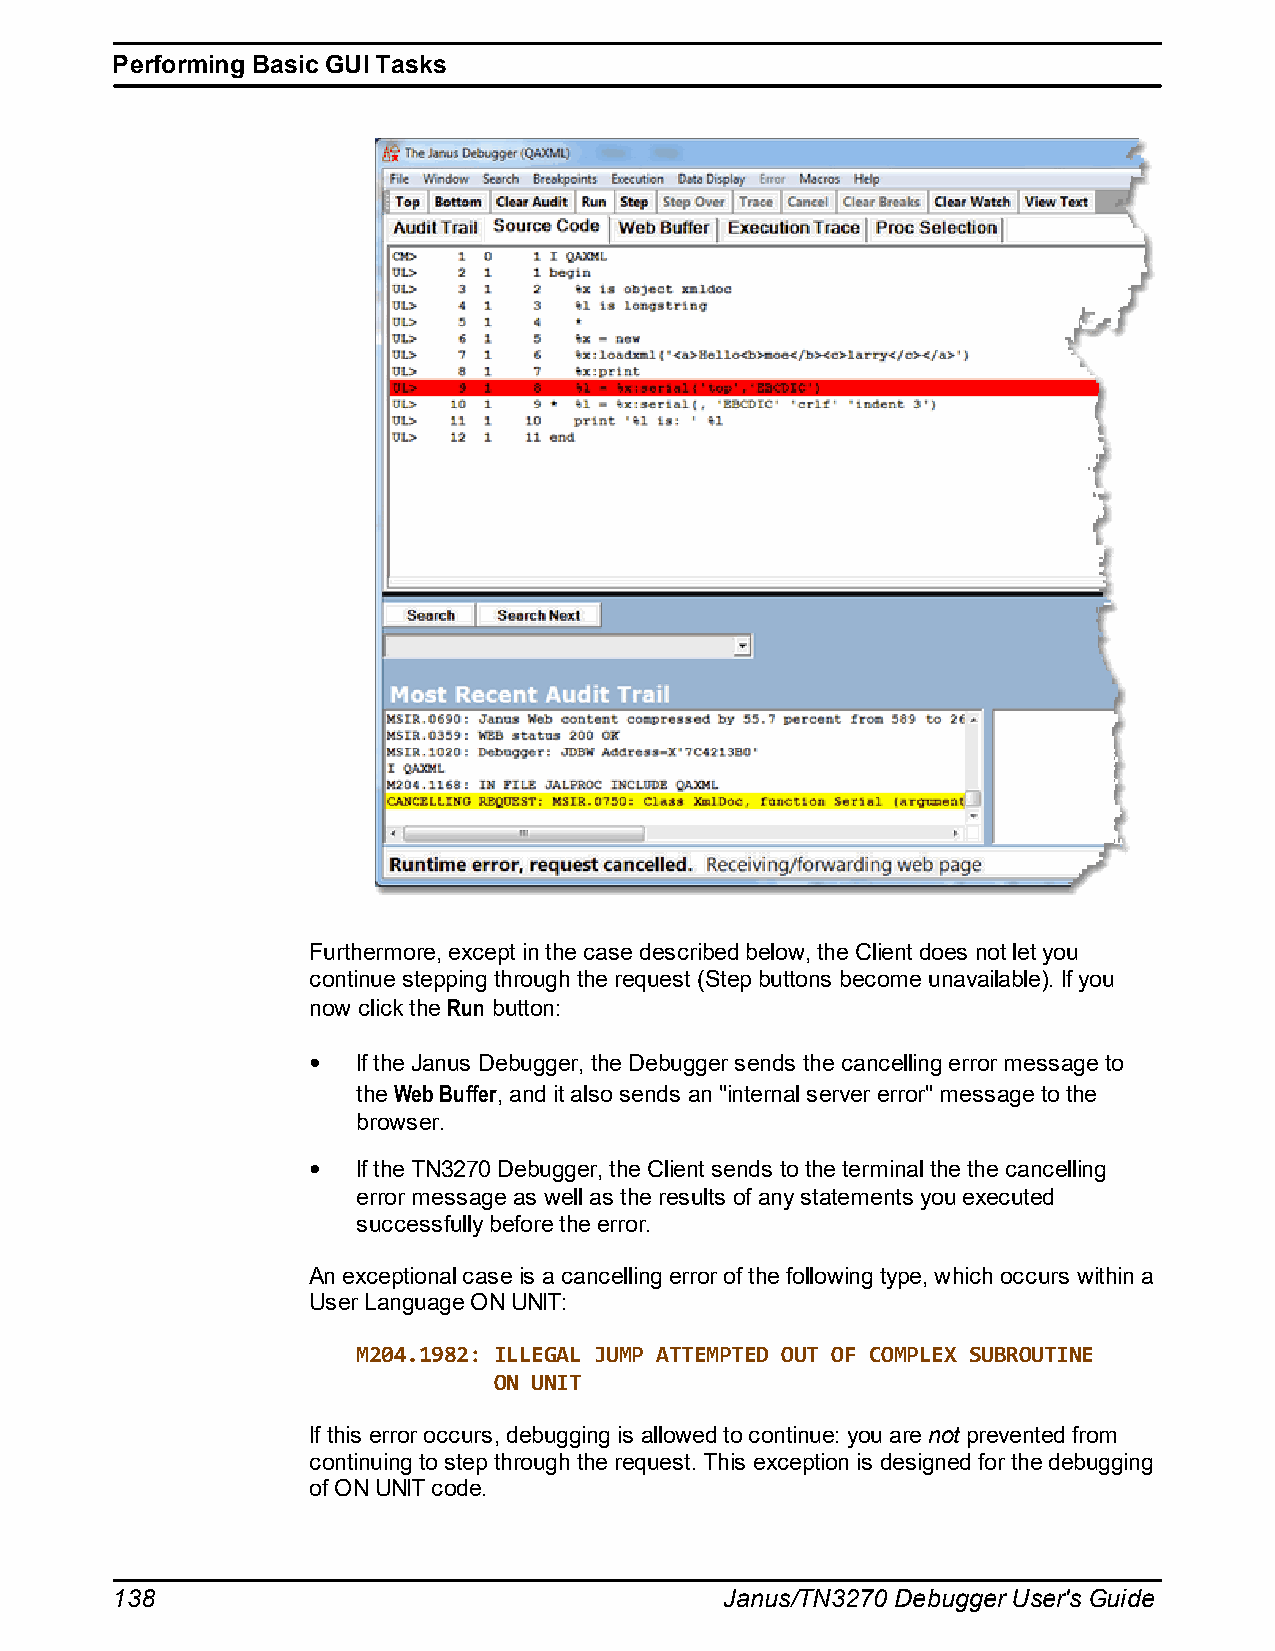
Performing Basic GUI Tasks
 Furthermore, except in the case described below, the Client does not let you
 continue stepping through the request (Step buttons become unavailable). If you
 now click the Run button:
 If the Janus Debugger, the Debugger sends the cancelling error message to
 the Web Buffer, and it also sends an "internal server error" message to the
 browser.
 If the TN3270 Debugger, the Client sends to the terminal the the cancelling
 error message as well as the results of any statements you executed
 successfully before the error.
 An exceptional case is a cancelling error of the following type, which occurs within a
 User Language ON UNIT:
 M204.1982: ILLEGAL JUMP ATTEMPTED OUT OF COMPLEX SUBROUTINE
 ON UNIT
 If this error occurs, debugging is allowed to continue: you are not prevented from
 continuing to step through the request. This exception is designed for the debugging
 of ON UNIT code.
 138                                      Janus/TN3270 Debugger User's Guide